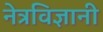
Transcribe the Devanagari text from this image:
नेत्रविज्ञानी